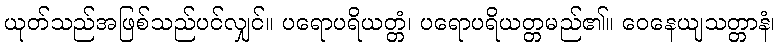
ယုတ်သည်အဖြစ်သည်ပင်လျှင်။ ပရောပရိယတ္တံ၊ ပရောပရိယတ္တမည်၏။ ဝေနေယျသတ္တာနံ၊